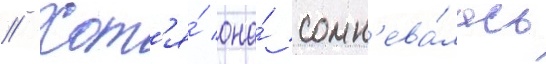
// Хот'я́ она́ сомн'ева́лась